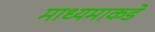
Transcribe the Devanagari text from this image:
माध्यमाकडे